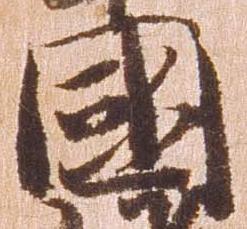
国